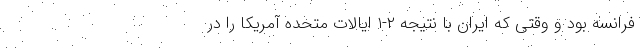
فرانسه بود و وقتی که ایران با نتیجه ۲-۱ ایالات متحده آمریکا را در